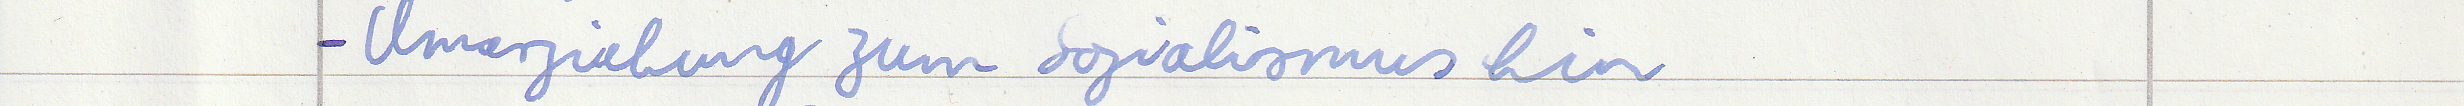
- Umerziehung zum Sozialismus hin